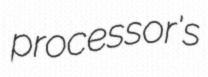
processor's